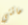
مائتي